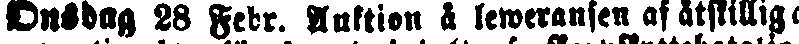
Onsdag 28 Febr. Auktion å leweransen af åtskilliga